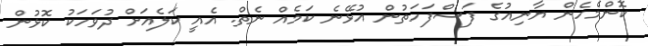
ކޮންމެހެން ޔާނިއުގެ ފަސްފަހަތުން އުޅޭނެ ކަމެއް ނެތް. އެއީ ކަލެއަށް ދުވަހަކު ކޮޅުން